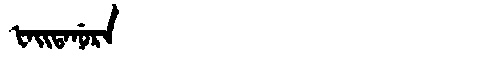
Manchu: ᡶᠠᡳᡨᠠᠨᡠᡵᠠ
Romanization: FAITANURA